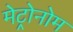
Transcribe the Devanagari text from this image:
मेट्रोनोम